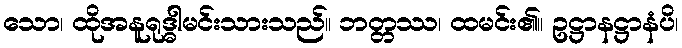
သော၊ ထိုအနူရုဒ္ဓါမင်းသားသည်။ ဘတ္တဿ၊ ထမင်း၏။ ဥဋ္ဌာနဋ္ဌာနံပိ၊